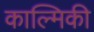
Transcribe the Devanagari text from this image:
काल्मिकी